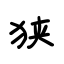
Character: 狭